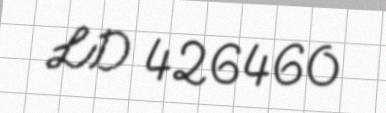
LD 426460